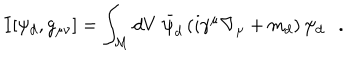
LaTeX: I [ \psi _ { d } , g _ { \mu \nu } ] = \int _ { \cal M } d V ~ \bar { \psi } _ { d } \left( i \gamma ^ { \mu } \nabla _ { \mu } + m _ { d } \right) \psi _ { d } .